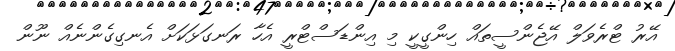
އޭރު ޓްރެވަލް އޭޖެންސީތައް ހިންގީކީ މި އިންޑަސްޓްރީ އެހާ ރަނގަޅަކަށް އެނގިގެންނެއް ނޫން